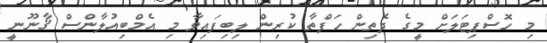
މި ހޮސްޕިޓަލަށް މީގެ ދެތިން ހަފްތާ ކުރިން ލިބިފައިވާ މި އެމްބިއުލާންސް ޤާނޫނީ